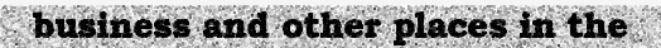
business and other places in the